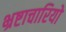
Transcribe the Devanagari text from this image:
भ्रष्टाचारियो